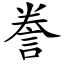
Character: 誊